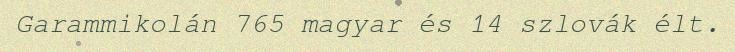
Garammikolán 765 magyar és 14 szlovák élt.